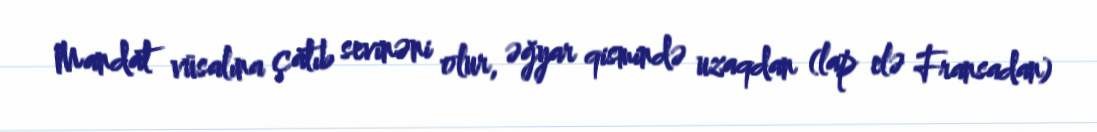
Mandat vüsalına çatıb sevinəni olur, əğyar qismində uzaqdan (lap elə Fransadan)